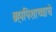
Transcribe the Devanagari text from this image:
ब्रह्मपिशाच्चाचे